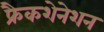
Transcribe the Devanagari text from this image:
फ्रैकशेनेशन